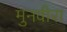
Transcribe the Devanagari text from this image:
मुनवीरा